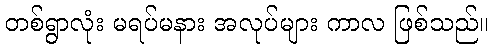
တစ်ရွာလုံး မရပ်မနား အလုပ်များ ကာလ ဖြစ်သည်။